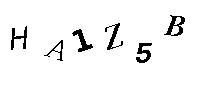
HA1Z5B